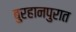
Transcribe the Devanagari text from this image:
बुरहानपुरात